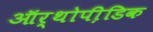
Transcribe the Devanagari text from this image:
ऑर्थोपी़डिक